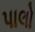
પાલો